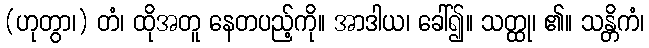
(ဟုတွာ၊) တံ၊ ထိုအတူ နေတပည့်ကို။ အာဒါယ၊ ခေါ်၍။ သတ္ထု၊ ၏။ သန္တိကံ၊